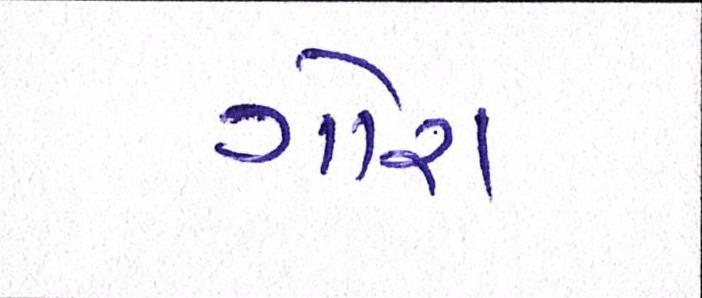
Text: ગોરા